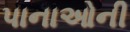
પાનાઓની